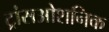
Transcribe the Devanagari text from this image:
ट्रांसओशनिक